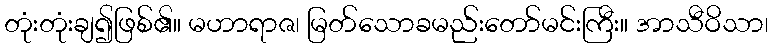
တုံးတုံးချ၍ဖြစ်၏။ မဟာရာဇ၊ မြတ်သောခမည်းတော်မင်းကြီး။ အာသီဝိသာ၊